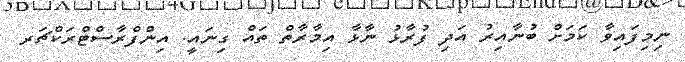
ނިމިފައިވާ ކަމަށް ބުނާއިރު އަދި ފުރާޅު ނާޅާ އިމާރާތް ތައް ގިނައީ. އިންފްރާސްޓްރަކްޗަރ